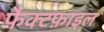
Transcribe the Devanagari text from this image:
फैक्टफ़ाइल